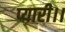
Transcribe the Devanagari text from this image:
प्यारी।।